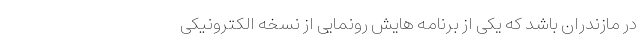
در مازندران باشد که یکی از برنامه هایش رونمایی از نسخه الکترونیکی